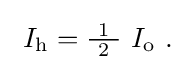
{\textstyle \ I_{\mathrm {h} }={\tfrac {\ 1\ }{2}}\ I_{\mathrm {o} }~.}